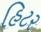
હિટર